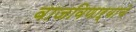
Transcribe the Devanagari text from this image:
वाजविणाऱ्याचे